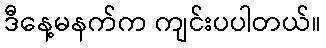
ဒီနေ့မနက်က ကျင်းပပါတယ်။